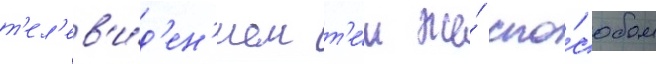
т'ел'ев'и́д'ен'ием т'е́м же́ спо́собом